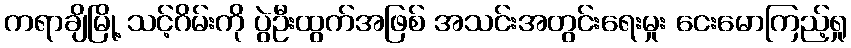
ကရာချိမြို့ သင့်ဂိမ်းကို ပွဲဦးထွက်အဖြစ် အသင်းအတွင်းရေးမှုး ငေးမောကြည့်ရှု